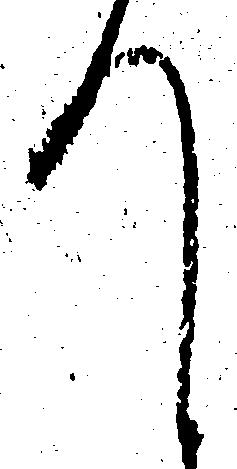
て